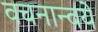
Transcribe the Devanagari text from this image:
वचनान्वये